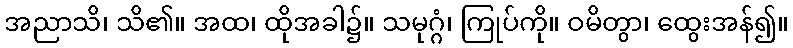
အညာသိ၊ သိ၏။ အထ၊ ထိုအခါ၌။ သမုဂ္ဂံ၊ ကြုပ်ကို။ ဝမိတွာ၊ ထွေးအန်၍။